38_143685_box7_Incident_Summaries_1-100
Agency: Department of War
Page 13
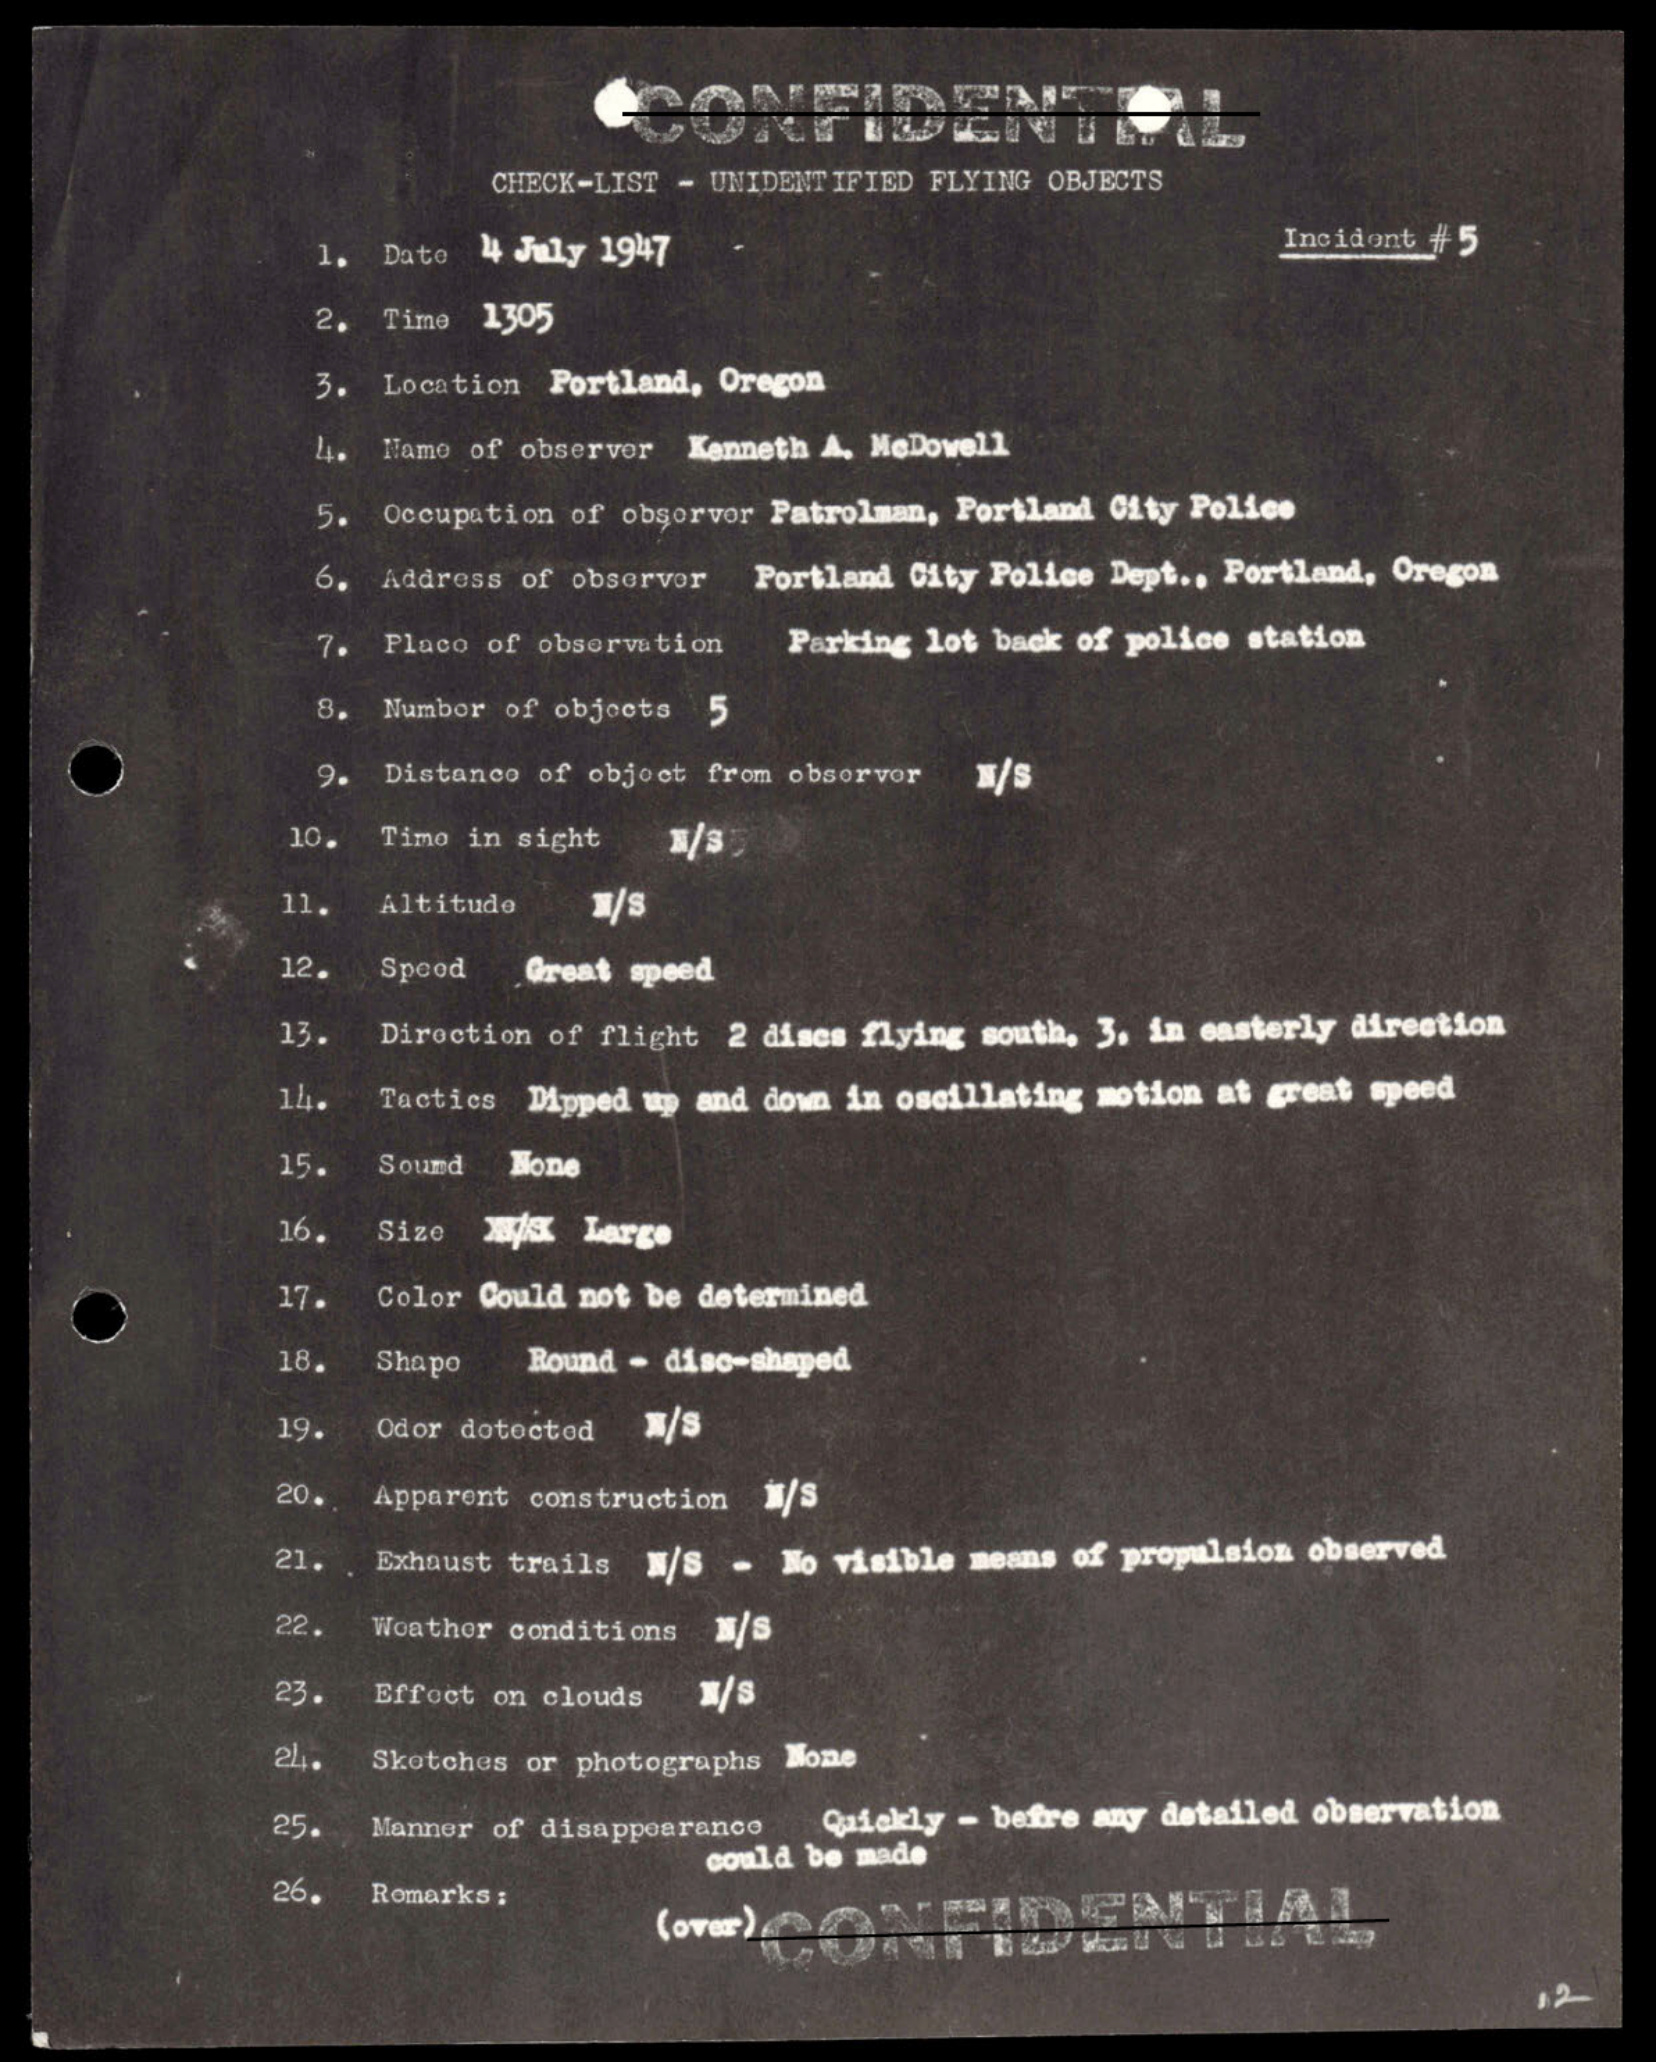